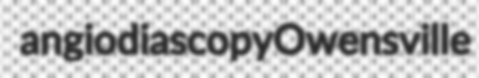
angiodiascopy Owensville